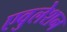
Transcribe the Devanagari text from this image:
एवुलेशन